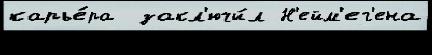
карье́ра  закл'ючи́л Н'ейм'ег'ена